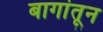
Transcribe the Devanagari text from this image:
बागांतून